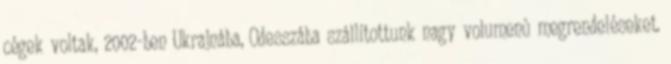
cégek voltak, 2002-ben Ukrajnába, Odesszába szállítottunk nagy volumenû megrendeléseket.